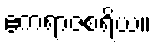
ဧကရာဇစရိယ။